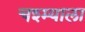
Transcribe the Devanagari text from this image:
चश्म्याला